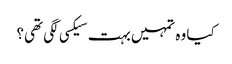
کیا وہ تمہیں بہت سیکسی لگی تھی؟